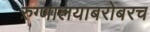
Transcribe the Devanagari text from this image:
रुग्णालयाबरोबरच